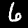
Label: 6